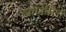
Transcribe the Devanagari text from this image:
ज्‍योर्तिलिंगों